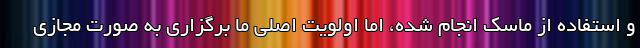
و استفاده از ماسک انجام شده، اما اولویت اصلی ما برگزاری به صورت مجازی